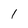
Character: l